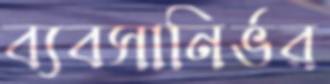
ব্যবসানির্ভর